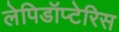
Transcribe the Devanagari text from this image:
लेपिडॉप्टेरिस